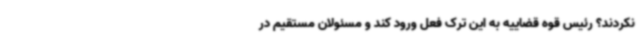
نکردند؟ رئیس قوه قضاییه به این ترک فعل ورود کند و مسئولان مستقیم در